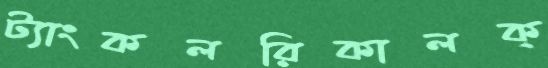
ট্যাংকলরিকালক্